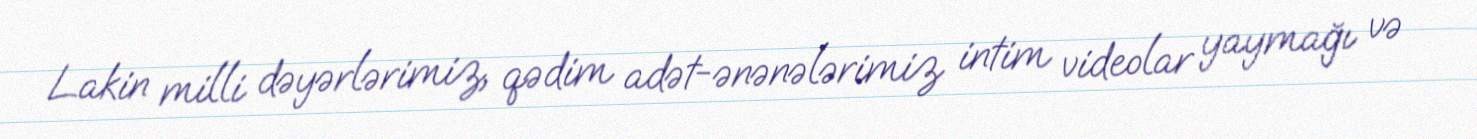
Lakin milli dəyərlərimiz, qədim adət-ənənələrimiz intim videolar yaymağı və